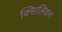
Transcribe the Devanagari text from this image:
क्सिलियन